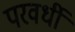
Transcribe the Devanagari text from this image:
परवर्धी